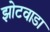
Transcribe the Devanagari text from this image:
झोटवाडा